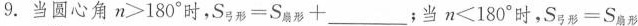
9. 当圆心角$$n > 1 8 0 °$$时，$$S _ { 弓 形 } = S _ { 扇 形 } + ___$$；当$$n < 1 8 0 °$$时，$$S _ { 弓 形 } = S _ { 扇 形 }